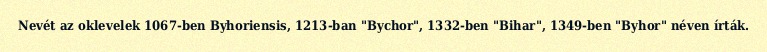
Nevét az oklevelek 1067-ben Byhoriensis, 1213-ban "Bychor", 1332-ben "Bihar", 1349-ben "Byhor" néven írták.